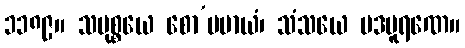
၁၁၈၉။ သမုစ္စယေ စော’ပမာယံ၊ သံသယေ ပဒပူရဏေ။